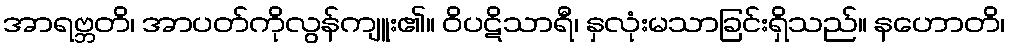
အာရဗ္ဘတိ၊ အာပတ်ကိုလွန်ကျူး၏။ ဝိပဋိသာရီ၊ နှလုံးမသာခြင်းရှိသည်။ နဟောတိ၊